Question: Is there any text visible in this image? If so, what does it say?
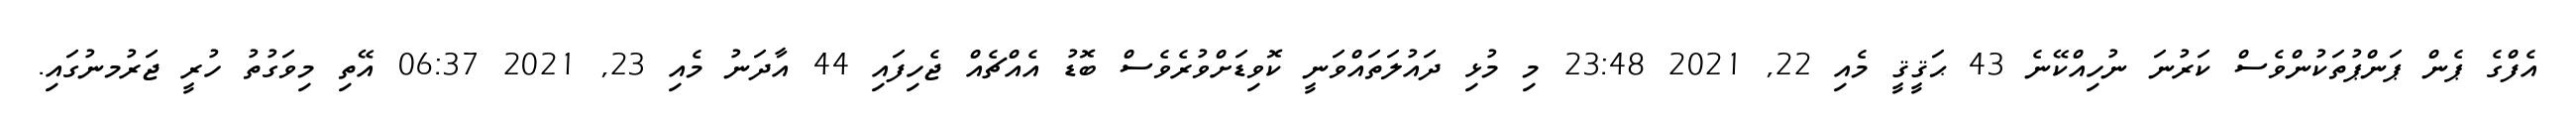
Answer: އެފްގެ ޕެން ޕަންޕުތަކުންވެސް ކަރުނަ ނުހިއްކޭނެ 43 ޙަޤީޤީ މެއި 22, 2021 23:48 މި މުޅި ދައުލަތައްވަނީ ކޮވިޑަށްވުރެވެސް ބޮޑު އެއްޗެއް ޖެހިފައި 44 އާދަނު މެއި 23, 2021 06:37 އޭތި މިވަގުތު ހުރީ ޖަރުމނުގައި.